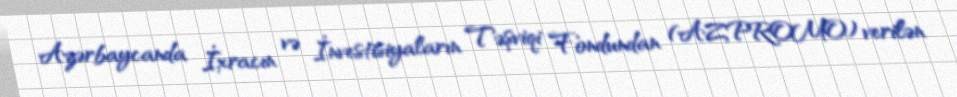
Azərbaycanda İxracın və İnvestisiyaların Təşviqi Fondundan (AZPROMO) verilən